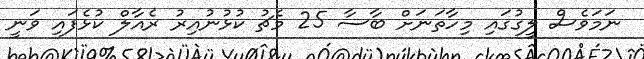
ނަމަވެސް ލީގުގައި މިހާތަނަށް ބާސާ 25 މެޗު ކުޅުނުއިރު ރެއާލް ކުޅެފައި ވަނީ